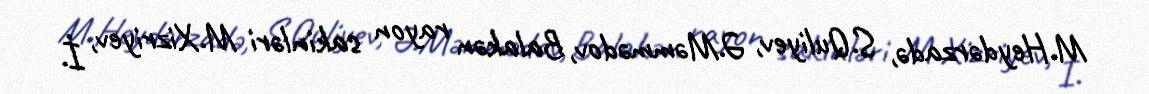
M.Heydərzadə, S.Quliyev, Ə.Məmmədov, Balakən rayon sakinləri M.Xizriyev, İ.